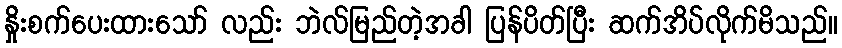
နှိုးစက်ပေးထားသော် လည်း ဘဲလ်မြည်တဲ့အခါ ပြန်ပိတ်ပြီး ဆက်အိပ်လိုက်မိသည်။